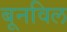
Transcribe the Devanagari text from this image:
बूनविल